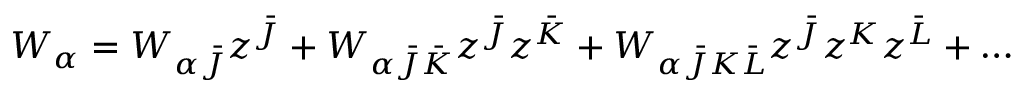
W _ { \alpha } = W _ { \alpha \bar { J } } z ^ { \bar { J } } + W _ { \alpha \bar { J } \bar { K } } z ^ { \bar { J } } z ^ { \bar { K } } + W _ { \alpha \bar { J } K \bar { L } } z ^ { \bar { J } } z ^ { K } z ^ { \bar { L } } + \dots